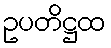
ဥပတိဋ္ဌထ